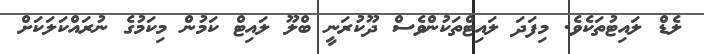
ލެޑް ލައިޓުތަކެވެ. މިފަދަ ލައިޓްތަކުންވެސް ދޫކުރަނީ ބްލޫ ލައިޓް ކަމުން މިކަމުގެ ނުރައްކަލަކަށް